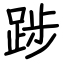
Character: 踄